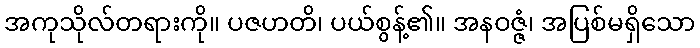
အကုသိုလ်တရားကို။ ပဇဟတိ၊ ပယ်စွန့်၏။ အနဝဇ္ဇံ၊ အပြစ်မရှိသော